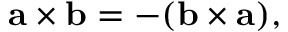
\mathbf { a } \times \mathbf { b } = - ( \mathbf { b } \times \mathbf { a } ) ,